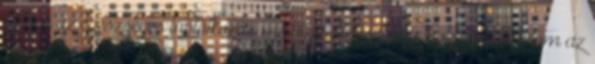
Célom az egészséges táplálkozás megszerettetése, úgy, hogy megtanítom az